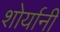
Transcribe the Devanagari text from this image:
शोर्यानी